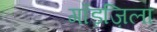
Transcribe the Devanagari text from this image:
गॉड़ज़िला